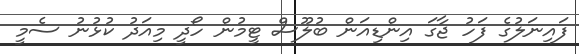
ފައިނަލުގެ ފަހު ޖާގަ އިންޑިއަން ބުލޫސް ޓީމުން ހޯދީ މިއަދު ކުޅުނު ސެމީ